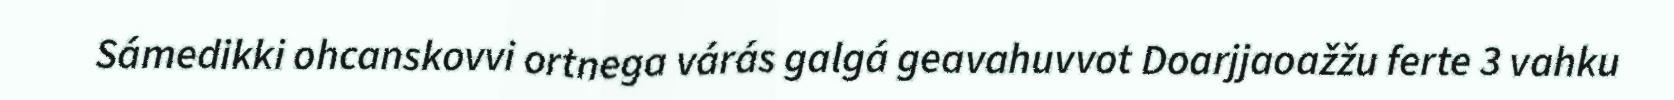
Sámedikki ohcanskovvi ortnega várás galgá geavahuvvot Doarjjaoažžu ferte 3 vahku